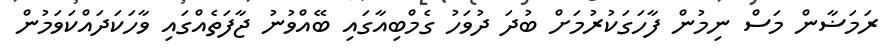
ރަމަޟާން މަސް ނިމުން ފާހަގަކުރުމަށް ބުދަ ދުވަހު ގެމްބިއާގައި ބޭއްވުނު ޖާފަތެއްގައި ވާހަކަދައްކަވަމުން